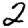
Digit: 2